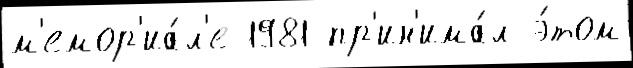
м'емор'иа́л'е 1981 пр'ин'има́л э́том